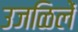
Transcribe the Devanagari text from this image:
उजळिलें